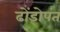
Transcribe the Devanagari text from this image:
ढोंडोपंत